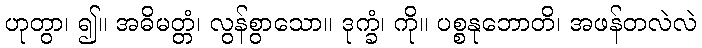
ဟုတွာ၊ ၍။ အဓိမတ္တံ၊ လွန်စွာသော။ ဒုက္ခံ၊ ကို။ ပစ္စနုဘောတိ၊ အဖန်တလဲလဲ